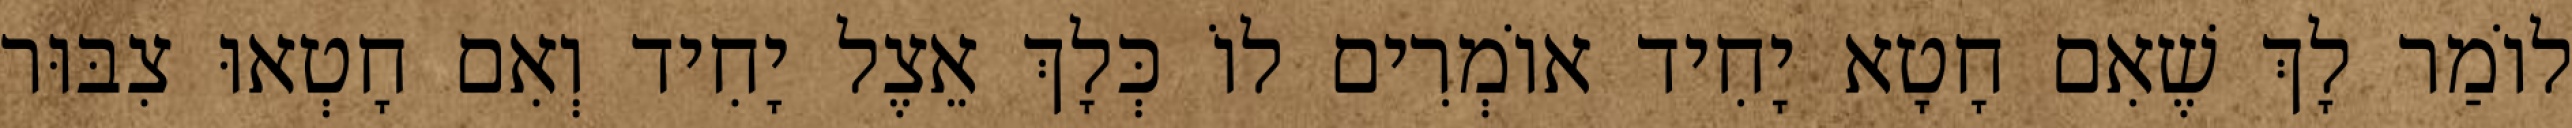
לוֹמַר לָךְ שֶׁאִם חָטָא יָחִיד אוֹמְרִים לוֹ כְּלָךְ אֵצֶל יָחִיד וְאִם חָטְאוּ צִבּוּר